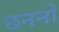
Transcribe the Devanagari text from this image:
छननों